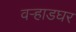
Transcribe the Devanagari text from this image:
वर्‍हाडघर